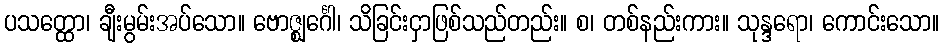
ပသတ္ထော၊ ချီးမွမ်းအပ်သော။ ဗောဇ္ဈင်္ဂေါ၊ သိခြင်းငှာဖြစ်သည်တည်း။ စ၊ တစ်နည်းကား။ သုန္ဒရော၊ ကောင်းသော။